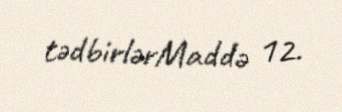
tədbirlərMaddə 12.